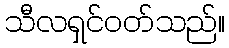
သီလရှင်ဝတ်သည်။